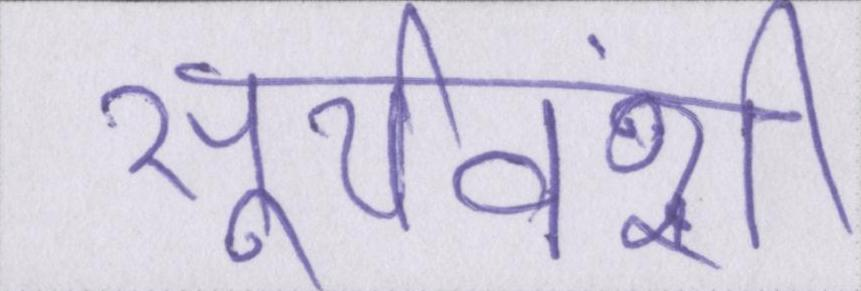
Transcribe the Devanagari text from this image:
सूर्यवंशी